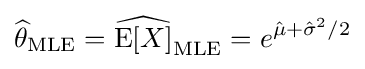
{\widehat {\theta }}_{\text{MLE}}={\widehat {\operatorname {E} [X]}}_{\text{MLE}}=e^{{\hat {\mu }}+{{\hat {\sigma }}^{2}}/{2}}